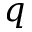
q